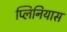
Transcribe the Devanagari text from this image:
प्लिनियास